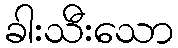
ခါးသီးသော